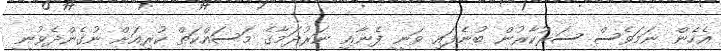
އެހެން ނަމަވެސް ސަރުކާރުން ބުނެފައި ވަނީ ފެނާއި ނަރުދަމާގެ މަސައްކަތް ކުރިއަށް ނުގެންދެވުނީ